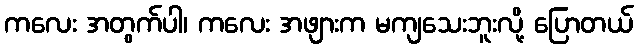
ကလေး အတွက်ပါ၊ ကလေး အဖျားက မကျသေးဘူးလို့ ပြောတယ်